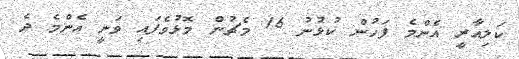
ކަލިއާރީ އެންމެ ފަހުން ކުޅުނު 16 މެޗުން މޮޅުވެފައި ވަނީ އެންމެ ދެ